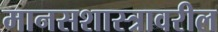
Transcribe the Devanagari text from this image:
मानसशास्‍त्रावरील